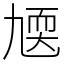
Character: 㐡